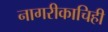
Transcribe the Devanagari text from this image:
नागरीकाचिही